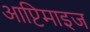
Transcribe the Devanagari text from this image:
आप्टिमाइज